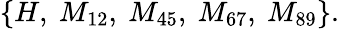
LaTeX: \{ H,~M_{12},~M_{45},~M_{67},~M_{89}\} .